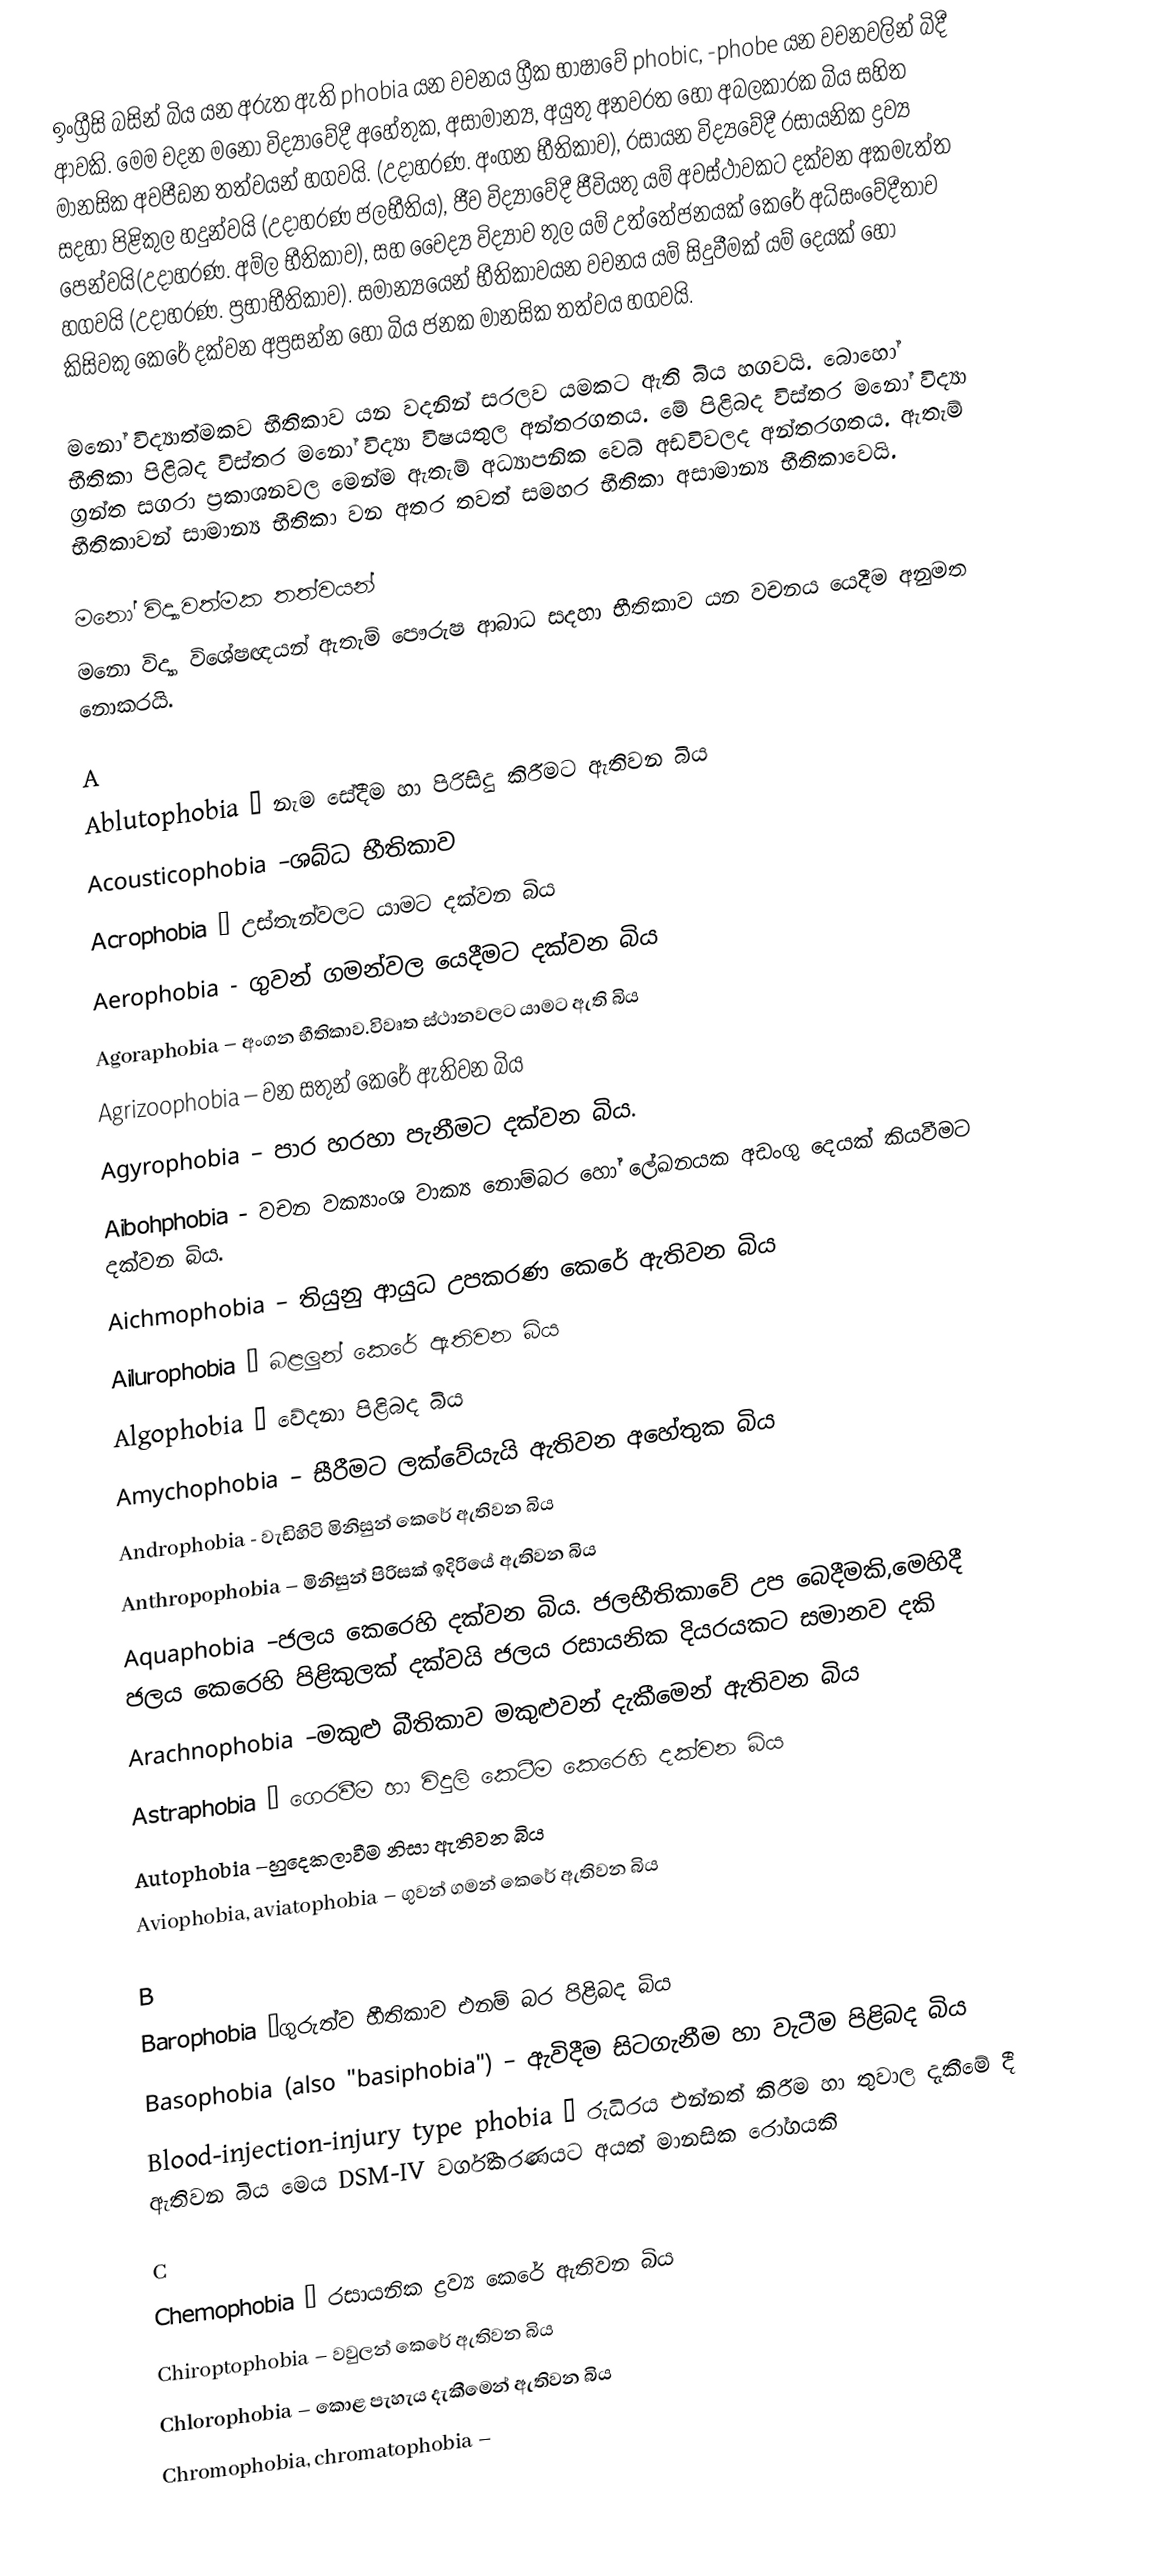
ඉංග්‍රීසි බසින් බිය යන අරුත ඇති phobia යන වචනය ග්‍රීක භාෂාවේ phobic, -phobe යන වචනවලින් බිදී ආවකි. මෙම චදන මනෝ විද්‍යාවේදී අහේතුක, අසාමාන්‍ය, අයුතු අනවරත හෝ අබලකාරක බිය සහිත මානසික අවපීඩන තත්වයන් හගවයි. (උදාහරණ. අංගන භීතිකාව), රසායන විද්‍යවේදී රසායනික ද්‍රව්‍ය සදහා පිළිකුල හදුන්වයි (උදාහරණ ජලභීතිය), ජීව විද්‍යාවේදී ජීවියතු යම් අවස්ථාවකට දක්වන අකමැත්ත පෙන්වයි(උදාහරණ. අම්ල භීතිකාව), සහ වෛද්‍ය විද්‍යාව තුල යම් උත්තේජනයක් කෙරේ අධිසංවේදීතාව හගවයි (උදාහරණ. ප්‍රභාභීතිකාව). සමාන්‍යයෙන් භීතිකාවයන වචනය යම් සිදුවීමක් යම් දෙයක් හෝ කිසිවකු කෙරේ දක්වන අප්‍රසන්න හෝ බිය ජනක මානසික තත්වය හගවයි.

මනෝ විද්‍යාත්මකව භීතිකාව යන වදනින් සරලව යමකට ඇති බිය හගවයි. බොහෝ භීතිකා පිළිබද විස්තර මනෝ විද්‍යා විෂයතුල අන්තරගතය. මේ පිළිබද විස්තර මනෝ විද්‍යා ග්‍රන්ත සගරා ප්‍රකාශනවල මෙන්ම ඇතැම් අධ්‍යාපනික වෙබ් අඩවිවලද අන්තරගතය. ඇතැම් භීතිකාවන් සාමාන්‍ය භීතිකා වන අතර තවත් සමහර භීතිකා අසාමාන්‍ය භීතිකාවෙයි.

මනෝ විද්‍යාවත්මක තත්වයන්
මනො විද්‍යා විශේෂඥයන්  ඇතැම් පෞරුෂ ආබාධ සදහා භීතිකාව යන වචනය යෙදීම අනුමත නොකරයි.

A
 Ablutophobia – නැම සේදීම හා පිරිසිදු කිරීමට ඇතිවන බිය
 Acousticophobia –ශබ්ධ භීතිකාව
 Acrophobia – උස්තැන්වලට යාමට දක්වන බිය
 Aerophobia - ගුවන් ගමන්වල යෙදීමට දක්වන බිය
 Agoraphobia – අංගන භීතිකාව.විවෘත ස්ථානවලට යාමට ඇති බිය
 Agrizoophobia – වන සතුන් කෙරේ ඇතිවන බිය
 Agyrophobia – පාර හරහා පැනීමට දක්වන බිය.
 Aibohphobia - වචන වක්‍යාංශ වාක්‍ය නොම්බර හෝ ලේඛනයක අඩංගු දෙයක් කියවීමට දක්වන බිය.
 Aichmophobia – තියුනු ආයුධ උපකරණ කෙරේ ඇතිවන බිය
 Ailurophobia – බළලුන් කෙරේ ඇතිවන බිය
 Algophobia – වේදනා පිළිබද බිය
 Amychophobia – සීරීමට ලක්වේයැයි ඇතිවන අහේතුක බිය
 Androphobia - වැඩිහිටි මිනිසුන් කෙරේ ඇතිවන බිය
 Anthropophobia – මිනිසුන් පිරිසක් ඉදිරියේ ඇතිවන බිය
 Aquaphobia –ජලය කෙරෙහි දක්වන බිය. ජලභීතිකාවේ උප බෙදීමකි,මෙහිදී ජලය කෙරෙහි පිළිකුලක් දක්වයි ජලය රසායනික දියරයකට සමානව දකි
 Arachnophobia –මකුළු බීතිකාව මකුළුවන් දැකීමෙන් ඇතිවන බිය
 Astraphobia – ගෙරවීම හා විදුලි කෙටීම කෙරෙහි දක්වන බිය
 Autophobia –හුදෙකලාවීම නිසා ඇතිවන බිය
 Aviophobia, aviatophobia – ගුවන් ගමන් කෙරේ ඇතිවන බිය

B
 Barophobia –ගුරුත්ව භීතිකාව එනම් බර පිළිබද බිය
 Basophobia (also "basiphobia") – ඇවිදීම සිටගැනීම හා වැටීම පිළිබද බිය
 Blood-injection-injury type phobia – රුධිරය එන්නත් කිරීම හා තුවාල දැකීමේ දී ඇතිවන බිය මෙය DSM-IV වර්ගීකරණයට අයත් මානසික රෝගයකි

C
 Chemophobia – රසායනික ද්‍රව්‍ය කෙරේ ඇතිවන බිය
 Chiroptophobia – වවුලන් කෙරේ ඇතිවන බිය
 Chlorophobia – කොළ පැහැය දැකීමෙන් ඇතිවන බිය
 Chromophobia, chromatophobia –